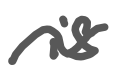
Text: is
Cross-out: wave
Writing tool: digital_gray